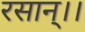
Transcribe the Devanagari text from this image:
रसान्।।